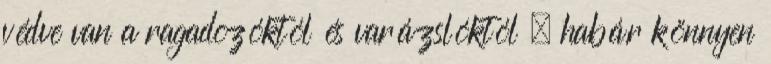
védve van a ragadozóktól és varázslóktól , habár könnyen